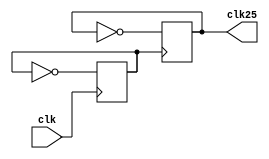
`timescale 1ns / 1ps
//////////////////////////////////////////////////////////////////////////////////
// Company: 
// Engineer: 
// 
// Design Name: 
// Module Name:    clk_25 
// Project Name: 
// Target Devices: 
// Tool versions: 
// Description: 
//
// Dependencies: 
//
// Revision: 
// Revision 0.01 - File Created
// Additional Comments: 
//
//////////////////////////////////////////////////////////////////////////////////
module clk_25(clk,clk25
    );
input wire clk;
output reg clk25;
reg clk50;
initial begin
clk50 = 0;
clk25 = 0;
end

always @(posedge clk) begin
	clk50 <= ~clk50;
end

always @(posedge clk50) begin
	clk25 <= ~ clk25;
end

endmodule